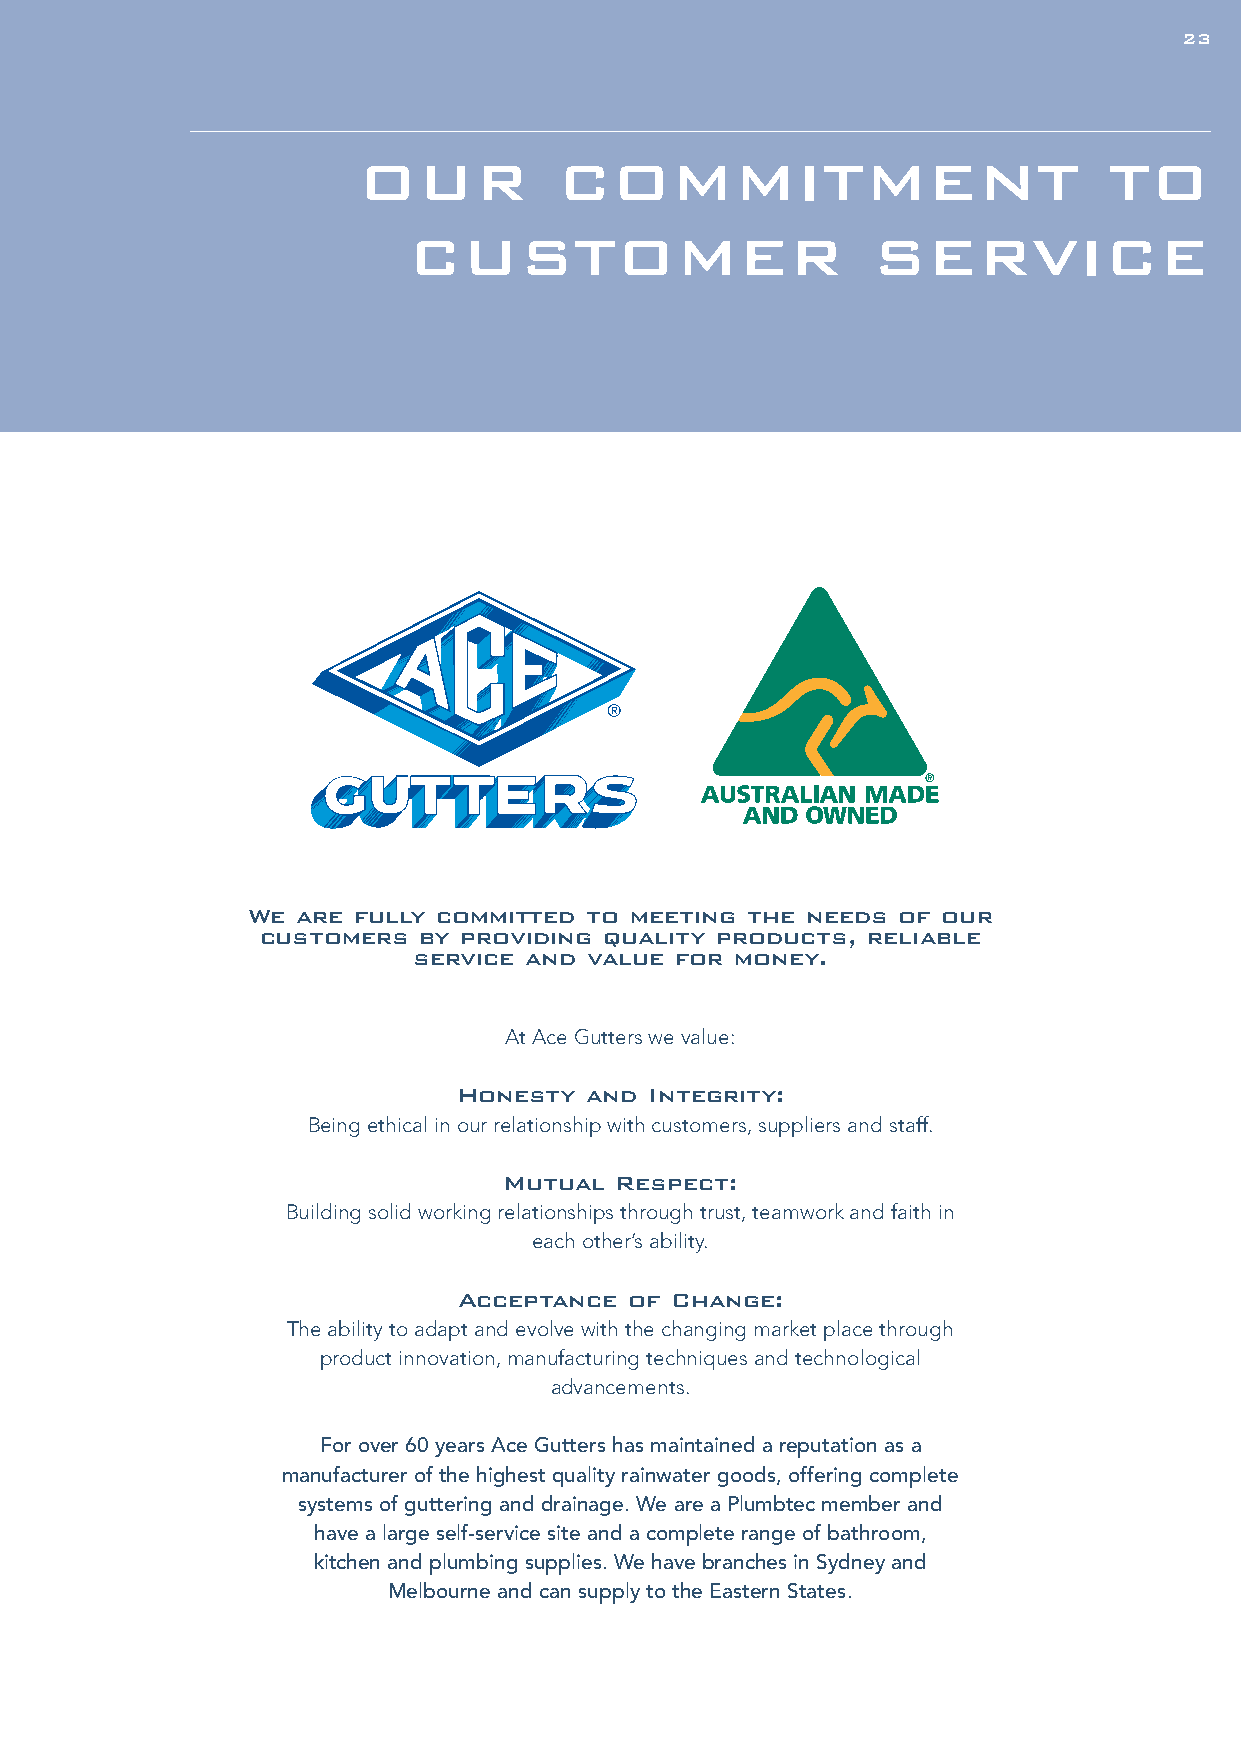
22                                                                            2233
 OUR          COMMITMENT                          TO
 CUSTOMER                       SERVICE
 We  are fully committed to meeting the needs of our
 customers  by providing quality products, reliable
 service and value for money.
 At Ace Gutters we value:
 Honesty  and Integrity:
 Being ethical in our relationship with customers, suppliers and staff.
 Mutual  Respect:
 Building solid working relationships through trust, teamwork and faith in
 each other’s ability.
 Acceptance  of Change:
 The ability to adapt and evolve with the changing market place through
 product innovation, manufacturing techniques and technological
 advancements.
 For over 60 years Ace Gutters has maintained a reputation as a
 manufacturer of the highest quality rainwater goods, offering complete
 systems of guttering and drainage. We are a Plumbtec member and
 have a large self-service site and a complete range of bathroom,
 kitchen and plumbing supplies. We have branches in Sydney and
 Melbourne and can supply to the Eastern States.